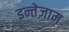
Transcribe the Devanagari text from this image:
इन्तेज़ाम